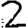
Digit: 2